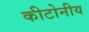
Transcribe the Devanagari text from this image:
कीटोनीय